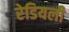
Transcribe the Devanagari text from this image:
रेडियली